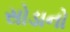
સોડાનો